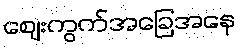
ဈေးကွက်အခြေအနေ